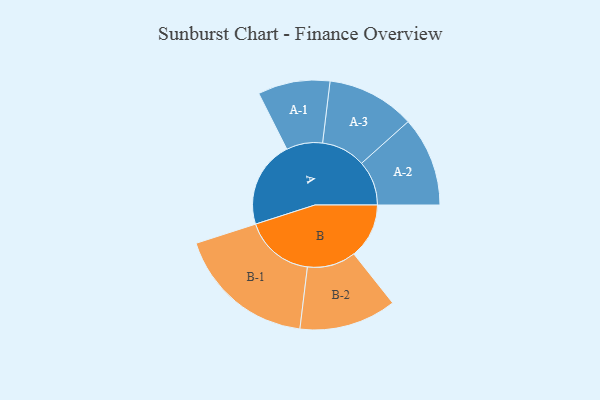
{"axis": {"x": "Segment", "y": "Value"}, "legend": ["", "A", "B"], "data": [{"x": "A", "y": 368, "type": ""}, {"x": "B", "y": 234, "type": ""}, {"x": "A-1", "y": 153, "type": "A"}, {"x": "A-2", "y": 190, "type": "A"}, {"x": "A-3", "y": 187, "type": "A"}, {"x": "B-1", "y": 296, "type": "B"}, {"x": "B-2", "y": 206, "type": "B"}]}